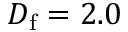
D _ { \mathrm { f } } = 2 . 0